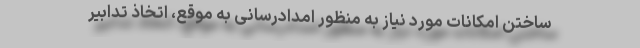
ساختن امکانات مورد نیاز به منظور امدادرسانی به موقع، اتخاذ تدابیر